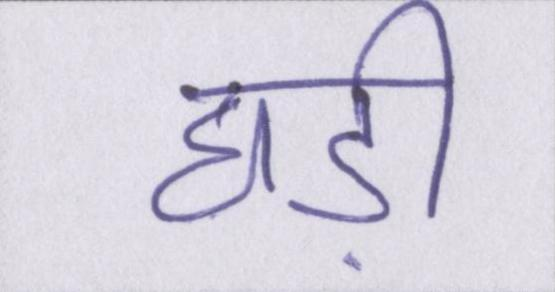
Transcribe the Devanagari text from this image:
घड़ी